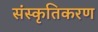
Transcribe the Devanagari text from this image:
संस्‍कृतिकरण